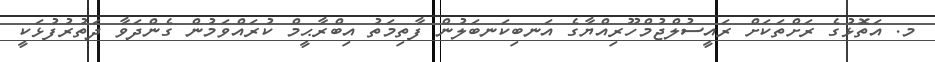
މ. އަތޮޅުގެ ރަށްތަކަށް ރައީސުލްޖުމްހޫރިއްޔާގެ އަނބިކަނބަލުން ފާތިމަތު އިބްރާޙީމް ކުރައްވަމުން ގެންދަވާ ދަތުރުފުޅަކީ